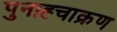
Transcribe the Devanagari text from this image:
पुनाह्चाक्रण